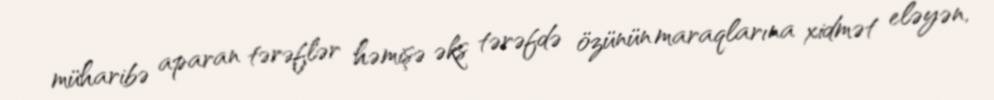
müharibə aparan tərəflər həmişə əks tərəfdə özünün maraqlarına xidmət eləyən,